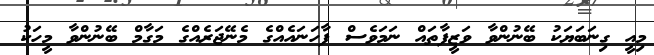
މިއީ ގިނަބަޔަކު ބޭނުންވާ ވަޒީފާތައް ނަމަވެސް ފާހަނަައެއްގެ މެނޭޖަރެއްގެ މަގާމް ބޭނުންވާ މީހަކު